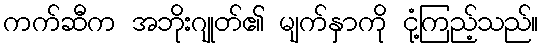
ကက်ဆီက အဘိုးဂျုတ်၏ မျက်နှာကို ငုံ့ကြည့်သည်။